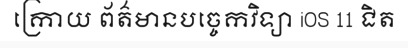
ក្រោយ ព័ត៌មានបច្ចេកវិទ្យា iOS 11 ជិត